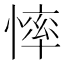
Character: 𢟳